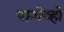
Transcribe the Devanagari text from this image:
पान्चेव्हो